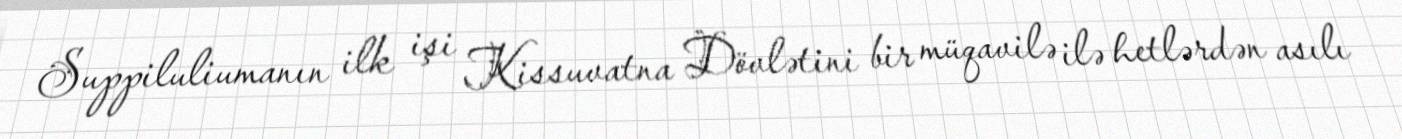
Suppiluliumanın ilk işi Kissuvatna Dövlətini bir müqavilə ilə hetlərdən asılı